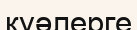
куәлерге